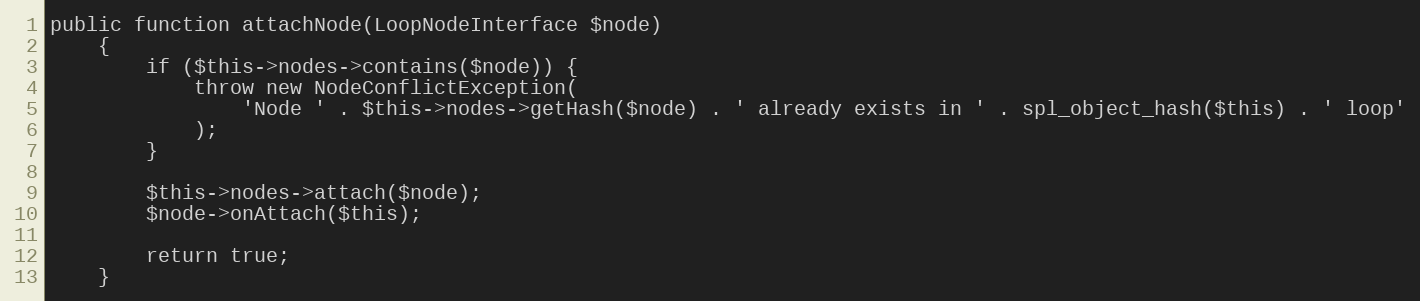
Language: PHP
public function attachNode(LoopNodeInterface $node)
    {
        if ($this->nodes->contains($node)) {
            throw new NodeConflictException(
                'Node ' . $this->nodes->getHash($node) . ' already exists in ' . spl_object_hash($this) . ' loop'
            );
        }

        $this->nodes->attach($node);
        $node->onAttach($this);

        return true;
    }